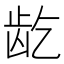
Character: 龁